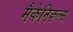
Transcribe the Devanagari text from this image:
मैकेनिकल्स